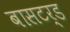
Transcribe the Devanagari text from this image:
बासटर्ड